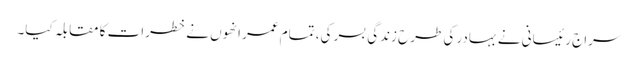
سراج رئیسانی نے بہادر کی طرح زندگی بسر کی، تمام عمر انھوں نے خطرات کا مقابلہ کیا۔